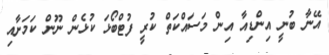
އޭނާ ބުނީ އިންޑިއާ އިން މަސައްކަތް ކުރީ ފުޓްބޯޅަ ކުޅެން ނޫން ކަމަށާއި